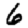
Digit: 6